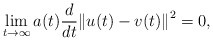
\begin{align*}\lim_{t\rightarrow \infty } a(t)\frac{d}{dt}{\Vert u(t) - v(t)\Vert}^2 =0,\end{align*}